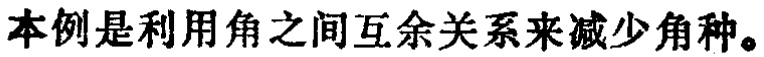
本例是利用角之间互余关系来减少角种。